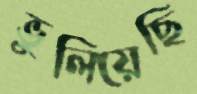
ভুলিয়েছি